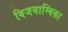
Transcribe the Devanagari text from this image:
विजयाम्बिका